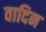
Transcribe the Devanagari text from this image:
वादिन